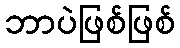
ဘာပဲဖြစ်ဖြစ်